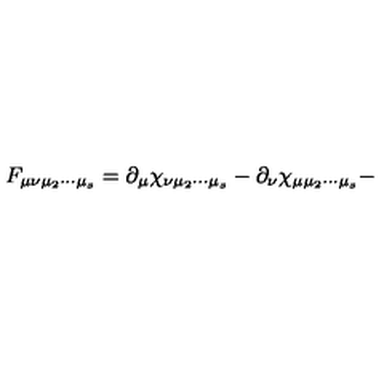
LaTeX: F _ { \mu \nu \mu _ { 2 } \cdots \mu _ { s } } = \partial _ { \mu } \chi _ { \nu \mu _ { 2 } \cdots \mu _ { s } } - \partial _ { \nu } \chi _ { \mu \mu _ { 2 } \cdots \mu _ { s } } -